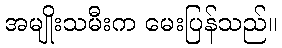
အမျိုးသမီးက မေးပြန်သည်။